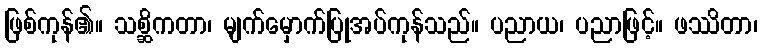
ဖြစ်ကုန်၏။ သစ္ဆိကတာ၊ မျက်မှောက်ပြုအပ်ကုန်သည်။ ပညာယ၊ ပညာဖြင့်။ ဖဿိတာ၊